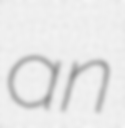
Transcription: an